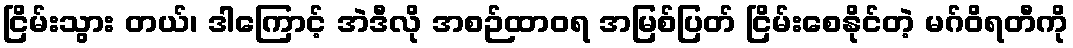
ငြိမ်းသွား တယ်၊ ဒါကြောင့် အဲဒီလို အစဉ်ထာဝရ အမြစ်ပြတ် ငြိမ်းစေနိုင်တဲ့ မဂ်ဝိရတီကို